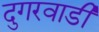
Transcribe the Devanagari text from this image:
दुगरवाडी